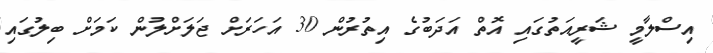
އިސްލާމީ ޝަރީއަތުގައި އޮތް އަދަބުގެ އިތުރުން 30 އަހަރަށް ޖަލަށްލުން ކަމަށް ބިލުގައި